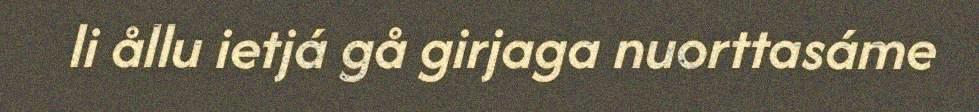
li ållu ietjá gå girjaga nuorttasáme